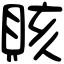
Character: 賅